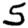
Digit: 5